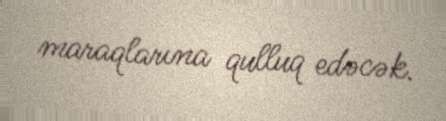
maraqlarına qulluq edəcək.